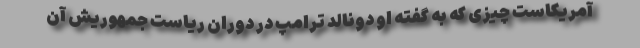
آمریکاست چیزی که به گفته او دونالد ترامپ در دوران ریاست جمهوریش آن